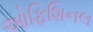
ઓફિશિનલ